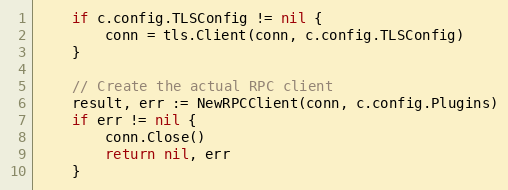
Language: Go
	if c.config.TLSConfig != nil {
		conn = tls.Client(conn, c.config.TLSConfig)
	}

	// Create the actual RPC client
	result, err := NewRPCClient(conn, c.config.Plugins)
	if err != nil {
		conn.Close()
		return nil, err
	}